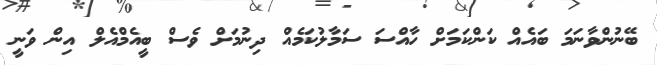
ބޭނުންވާނަމަ ބައެއް ކަންކަމަށް ހާއްސަ ސަމާލުކަމެއް ދިނުމަށް ވެސް ބީއެމްއެލް އިން ވަނީ